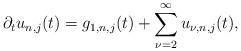
LaTeX: \begin{align*}\partial_tu_{n,j}(t)=g_{1,n,j}(t)+\sum_{\nu=2}^{\infty}u_{\nu,n,j}(t),\end{align*}